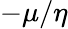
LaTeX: -\mu/\eta